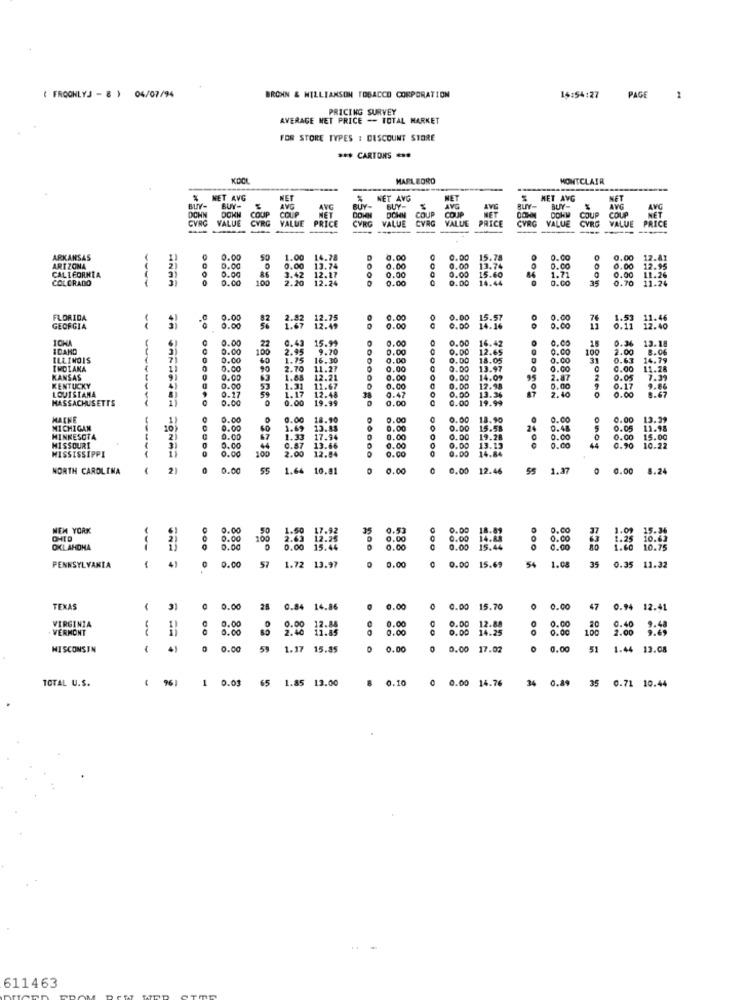
( FROONLYJ - 8 ) 04/07/94
BRONN & WILLIAMSON TOBACCO CORPORATION
14:54:27
PAGE
1
PRICING SURVEY
AVERAGE NET PRICE -- TOTAL MARKET
FOR STORE TYPES : DISCOUNT STORE
*** CARTONS ***
MARL BORD
MONTCLAIR
-
MET AVG
NET
NET AVG
AVG
NET
HET AVG
NET
BUY-
DCHN
BUY-
DOKN
COUP
AVG
COUP
AVC
NET
BUY-
DOHN
BUY-
DOHN
COUP
CO JP
MET
OCHN
BUY-
DOHM
BUY-
COUP
COUP
AVG
AVG
CVBŐ
VALUE
CYRG
VALUE
PRICE
CVRG
VALUE
CVRG
VALUE
PRICE
CVRG
VALUE
CYRG
VALUE
PRICE
NET
---
ARKANSAS
0.00
1.00 14.78
8.00
0.00
15.78
0.00
0.00
17.81
ARIZONA
CALIFORNIA
0.00
0.00 13.74
0.00
0.00
0.00
0.00
13.74
0.00
0.00
12.95
COLORADO
0.00
0.00
86
100
3.42 12.17
2.20 12.24
3.42
12.17
0.00
0.00
0.00
14.44
15.60
0.00
1.71
35
0.00
FLORIDA
0.00
2.82
12.75
0.00
0.00
15.57
0
0.00
GEORGIA
0.00
12.49
2.00
0.00
14.16
0.00
ICHA
0.00
22
0.43
15.99
0.00
0.00
16.42
0.00
15
IDAND
0.00
100
2.95
9.70
0.00
0.00
12.65
0.00
100
0.36
2.00
13.1
ILLINOIS
0.00
60
1.75
16.30
.00
9.00
18.05
0.00
31
0.63 14.7
INDIANA
11
0.00
90
2.70
11.27
1.00
0.00
13.92
0.00
0.00
1.28
KANSAS
--
41
9.00
63
1.65
12.21
0.0
14.09
2.87
2 0.05
KENTUCKY
LOUISIANA
0.17
0.00
59
1.31
1.17
11.67
12.48
1.00
0.00
0.00
12.98
13.36
0.00
2.40
9 0.17
9.86
MASSACHUSETTS
0.00
0.00
19.99
38
0.00
0.00
19.99
0.00
8.67
RARAR
MACHE
0.00
0.00
18.90
0.00
0.00
18.90
0.00
0.00
0.00 13.39
3.29
MICHIGAN
10)
0.00
1.69 13.88
0.00
0.00
24
0.05
MINNESOTA
MISSOURI
2)
0.00
67
1.33
17.94
1.00
0.00
19.28
2.00
0.00
15.00
MISSISSIPPI
31
0.00
0.00
10:
44
0.87
2.00
13.66
12.84
0.00
1.00
0.00
14.84
13.13
0.00
0.90
10.37
NORTH CAROLINA
-
21
0
0.00
1.64
10.81
0.00
0.00
12.46
55
1.37
0.00
8.24
NEW YORK
0.00
50
17.92
35
0.00
0.00
1.09 15.34
OHTO
0.00
100
2.24
.00
0.00
14.2
2.00
1.25
OKLAHOMA
2.00
0.00
15.44
3.00
0.00
44
.00
1.60
10.75
4)
57
0.00
0.00
35
PENNSYLVANIA
0.00
1.72 13.97
15.69
54
1.08
0.35 11.32
TEXAS
31
0
0.00
28
0.84 14.86
0.00
0
0.00 15.70
0.00
47
0.94 12.41
VIRGINIA
0.00 12.84
C
0.00
12.88
9.48
VERMONT
0.00
0.00
2.40 11.85
12.84
0.00
0.00
0.00
14.25
0
0.00
0.00
0.40
2.00
9.69
WISCONSIN
0.00
59
1.17 15.85
0.00
0
0.00 17.02
0
0.00
51
1.44 13.08
TOTAL U.S.
( 96)
1 0.03 65 1.85 13.00
8 0.10
0.00 14.76
34 0.89 35 0.71 10.44
611463